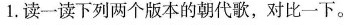
1.读一读下列两个版本的朝代歌，对比一下。